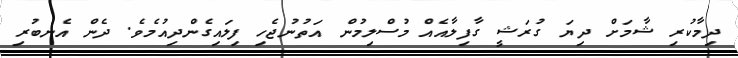
ދިމާކުރި ޝާމަށް ދިޔަ ގުރަޝީ ގާފިލާއެއް މުސްލިމުން އަތުނުޖެހި ފިލައިގެންދިއުމެވެ. ދެން އެނބުރި